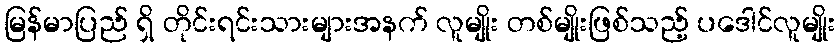
မြန်မာပြည် ရှိ တိုင်းရင်းသားများအနက် လူမျိုး တစ်မျိုးဖြစ်သည့် ပဒေါင်လူမျိုး